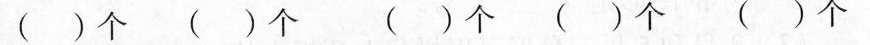
( )个( )个 ( )个 ( )个 ( )个